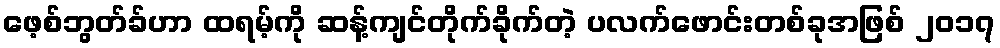
ဖေ့စ်ဘွတ်ခ်ဟာ ထရမ့်ကို ဆန့်ကျင်တိုက်ခိုက်တဲ့ ပလက်ဖောင်းတစ်ခုအဖြစ် ၂၀၁၇